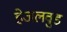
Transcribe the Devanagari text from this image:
हेजलवुड